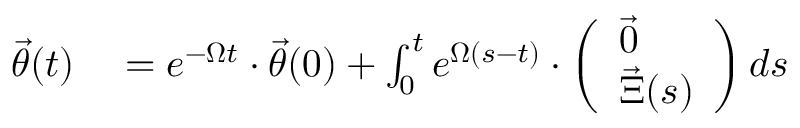
\begin{array} { r l } { \vec { \theta } ( t ) } & { { } = e ^ { - \boldsymbol { \Omega } t } \cdot \vec { \theta } ( 0 ) + \int _ { 0 } ^ { t } e ^ { \boldsymbol { \Omega } ( s - t ) } \cdot \left( \begin{array} { l } { \vec { 0 } } \\ { \vec { \Xi } ( s ) } \end{array} \right) d s } \end{array}